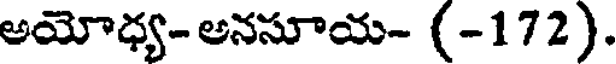
అయోధ్య- అనసూయ- (-172).